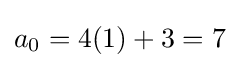
a_{0}=4(1)+3=7